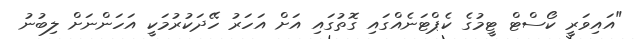
"އައިވަރީ ކޯސްޓް ޓީމުގެ ކެޕްޓަނެއްގައި ގޮތުގައި އަށް އަހަރު ހޭދަކުރުމަކީ އަހަންނަށް ލިބުނު